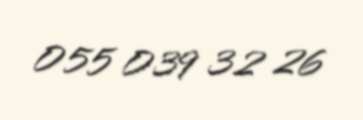
055 039 32 26